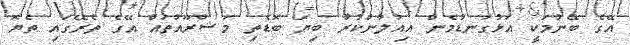
އޭގެ ބޭނުމަކީ އަޅުގަނޑުމެން އިއުލާންކުރާ ބިޔަ ބޮޑެތި މަޝްރޫއުތައް އޭގެ ތެރޭގައި ތެޔޮ